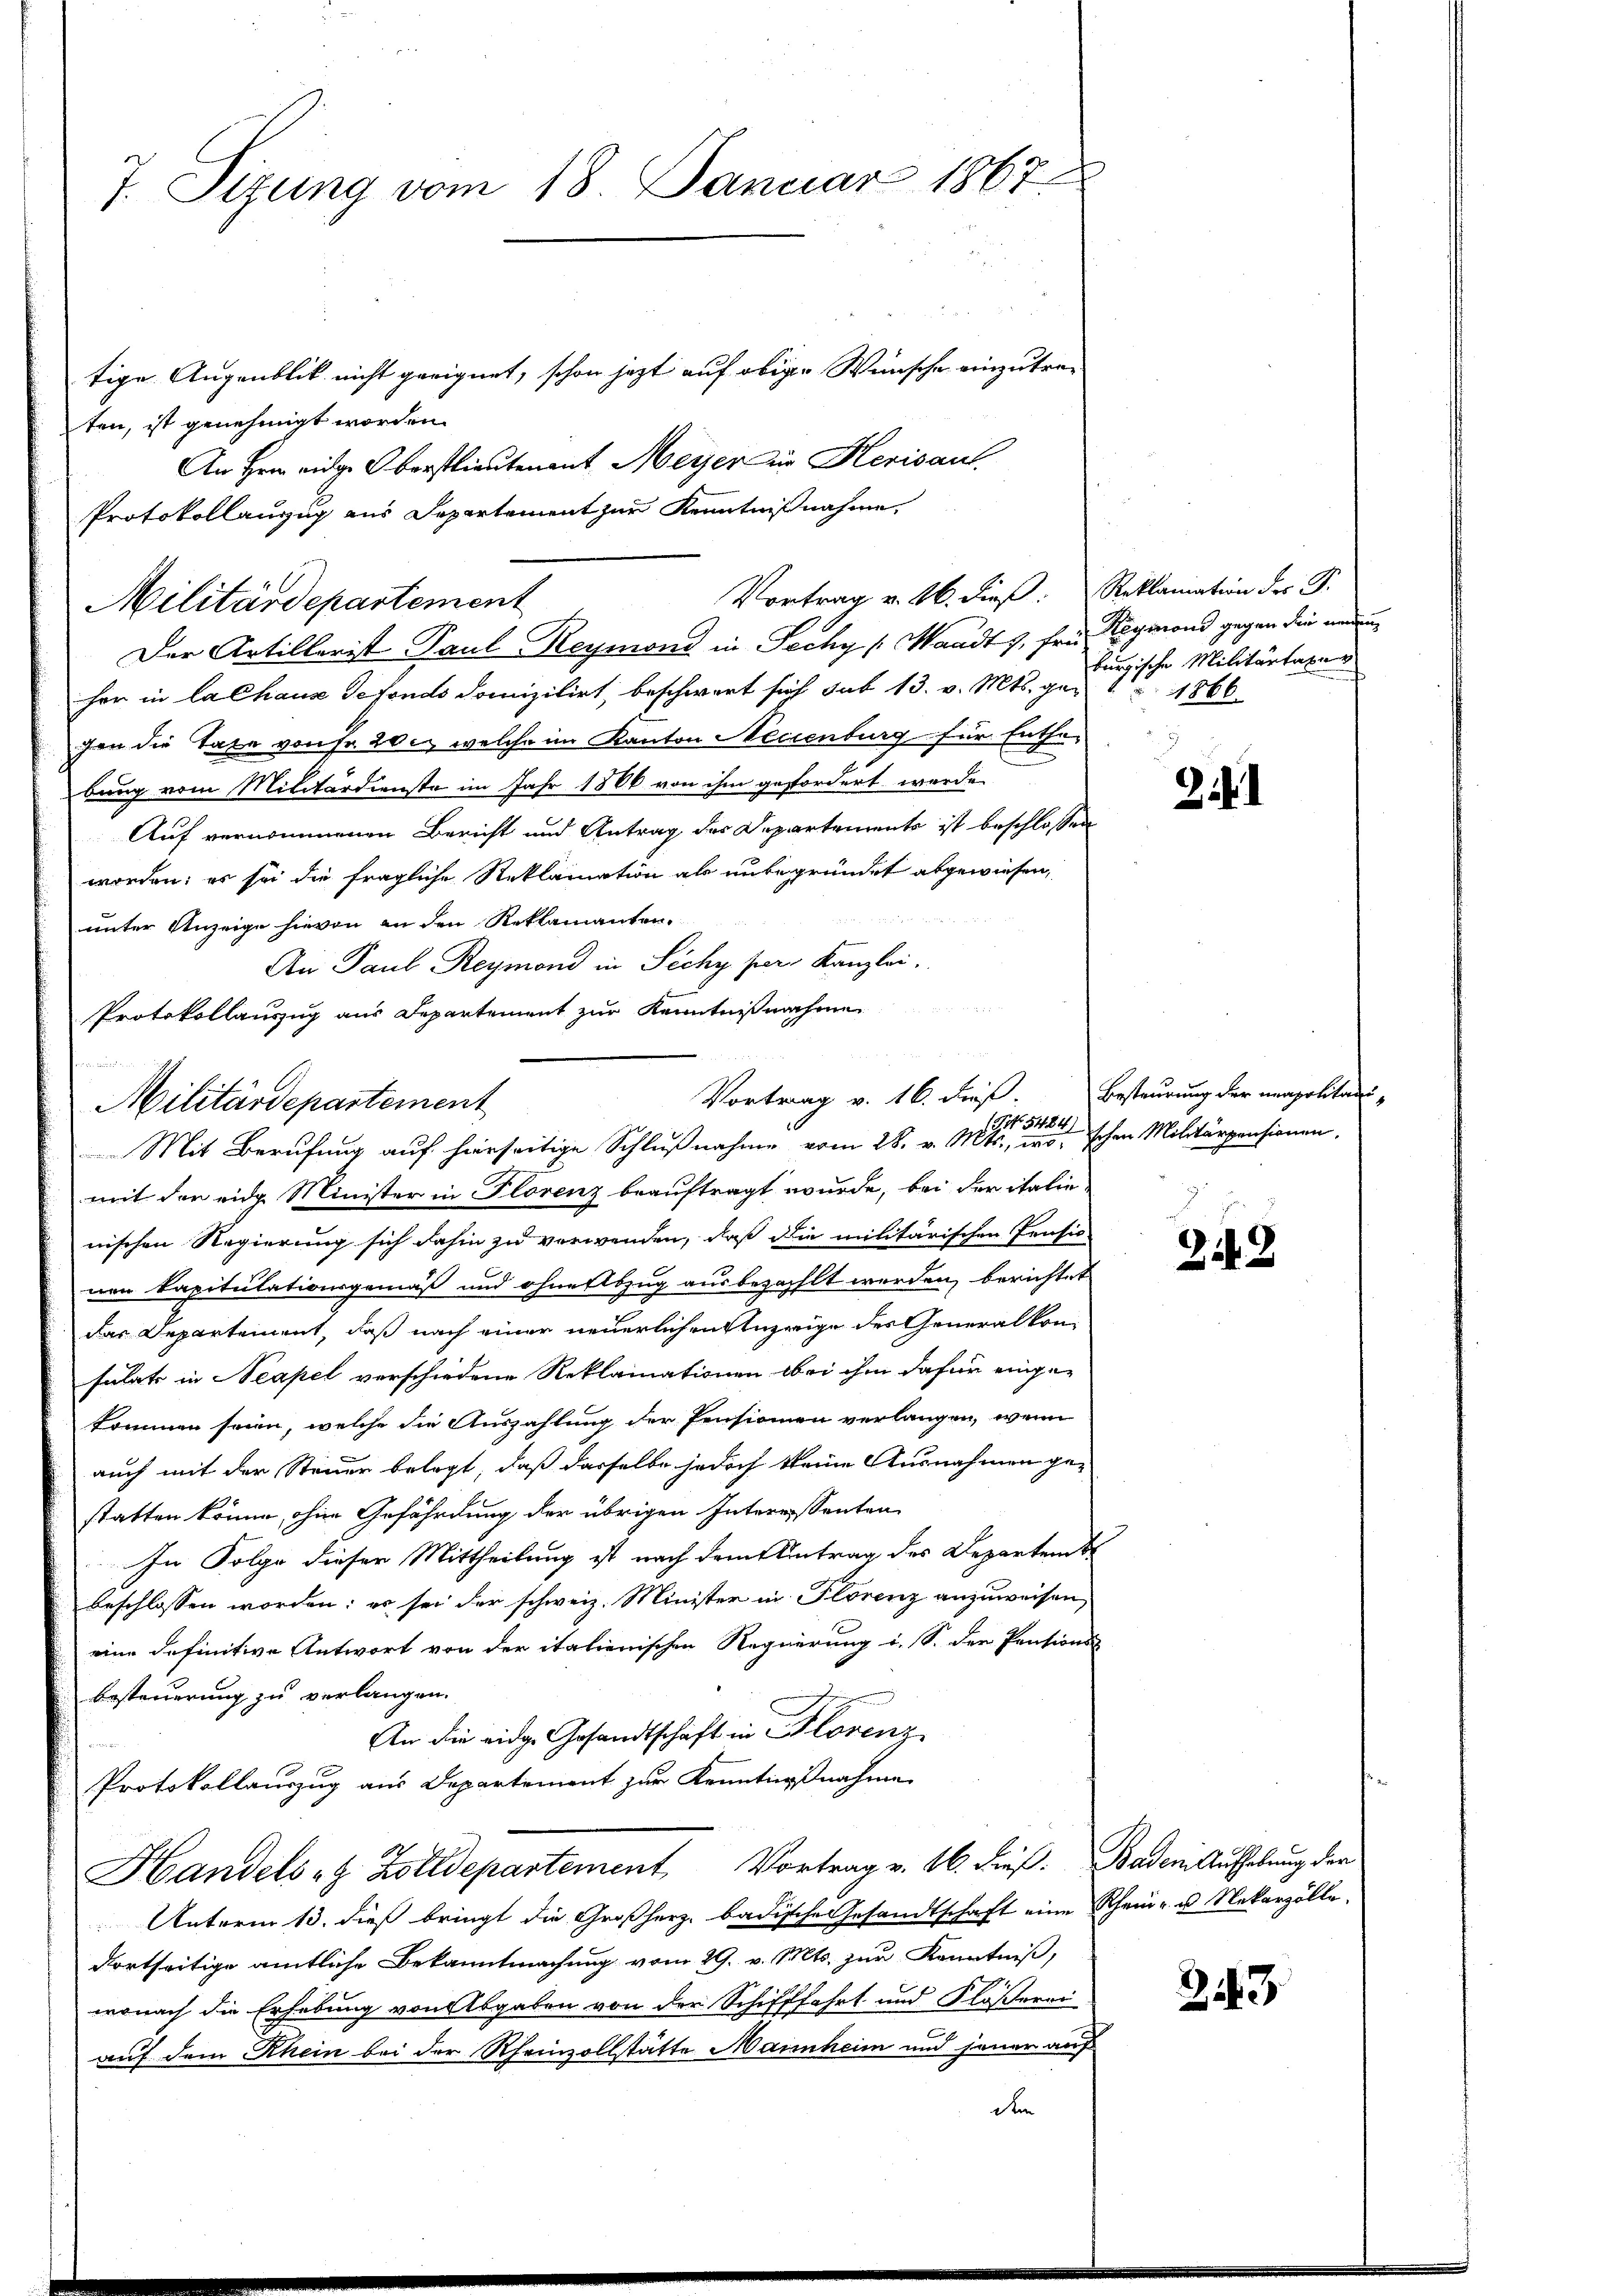
7. Sizung vom 18. Januar 1867

tige Augenblick nicht geeignet, schon jetzt auf obiger Wünsche einzutreten, ist genehmigt worden.
An Hern eidge Oberstlieutenant Meyer um Herisant
Der Artillerist Paul Reymond in Fechy (Waadt, fra Reymond gegen die neuen
her in Calhaus defonds domizilirt, beschwert sich sub 13. v. Mts. gegen die Taxe von Fr. 20. welche im Kanton Meccenburg für Enthe-
bung vom Militärdienste im Jahr 1886 von ihm gefordert werde
Auf vernommenen Bericht und Antrag der Departements ist beschlossen
worden; es sei die fragliche Reklamation als unbegründet abgewiesen,
unter Anzeige hievon an den Reklamanten.
An Paul Reymond in Sichy per Kanzlei.
 h e
Protokollauszug aus Departement zur Kenntniß nahme
mit der eidg. Minister in Florenz beauftragt wurde, bei der italie
nischen Regierung sich dahin zu verwenden, daß die militärischen Pensis
nen kapitulationsgemäß und ohnertszug ausbezahlt werden, berichtet
das Departement, daß nach einer neuerlichen Anzeige des Generalkonsulate in Neapel verschiedene Reklamationen bei ihm dafür eingekommen seien, welche die Auszahlung der Pensionien verlangen, wenn
auch mit der Steuer belegt, daß dasselbe jedoch keine Ausnahmen ge-
statten könne, ohne Gefährdung der übrigen Interessenten
In Folge dieser Mittheilung ist nach dem Antrag des Departemb
beschlossen worden; es sei der schweiz. Minister in Florenz anzuweisen,
eine definitive Antwort von der italienischen Regierung i. S. der Pensions
besteuerung zu verlangen.
An die eidg. Gesandtschaft in Florenz
rement
Protokollauszug aus Departement zur Kenntnißnahme
Handels- & Zolldepartement Vortrag v. 16. dieß. Baden Aufhebung der
Unterm 13. dieß bringt die Großherz badische Gesandtschaft eine Rhein- u. Nekarzölle,
dortseitige amtliche Bekanntmachung vom 29. v. Mts. zur Kenntniß,
wonach die Erhebung von Abgaben von der Schifffahrt und Flößerei
auf dem Rhein bei der Rheinzollstätte Mannheim und jener auf
dem

Militärdepartement

Vortrag v. 16. dieß.
Militärdepartement
0
1 No 5484)
Mit Berufung auf hierseitige Schlußnahme vom 28. v. Mts., wo schen Militärpensionen,

Protokollanzug aus Departement zur Kenntnißnahme,
Vortrag v. 26. dieβ. Reklamation des F.

burgische Militärtagen
1866.

2

Besteurung der neapolitari¬

2143

2143